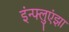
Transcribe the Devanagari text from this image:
इंन्फ्लुएंझा